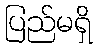
ပြည်မရှိ